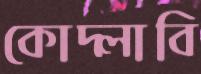
কোদ্‌লাবি